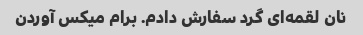
نان لقمه‌ای گرد سفارش دادم. برام میکس آوردن